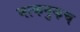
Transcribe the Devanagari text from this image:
भाकनुकच